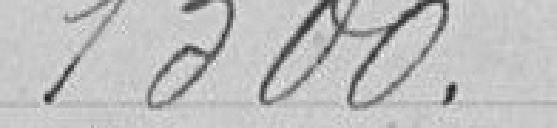
1 300 francs